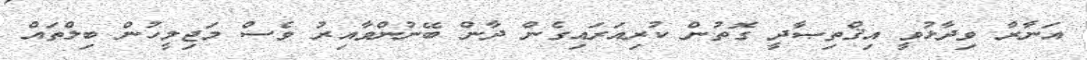
އަނާރާ ވިދާޅުވީ އިޤްތިޞާދީ ގޮތުން ކުރިއަރައިގެން ދާން ބޭނުންވާއިރު ވެސް މަޖިލީހުން ބިލްތައް